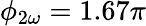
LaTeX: \phi_{2\omega}=1.67\pi